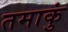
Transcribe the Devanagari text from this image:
तमाकुं